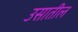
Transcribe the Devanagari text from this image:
उसातील